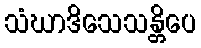
သံဃာဒိသေသန္တိပေ